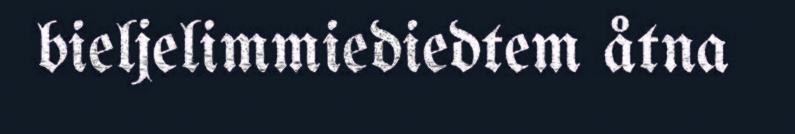
bieljelimmiediedtem åtna